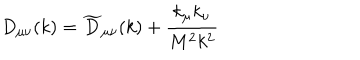
D _ { \mu \nu } ( k ) = \widetilde { D } _ { \mu \nu } ( k ) + \frac { k _ { \mu } k _ { \nu } } { M ^ { 2 } k ^ { 2 } }